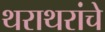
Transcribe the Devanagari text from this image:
थराथरांचे